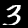
Digit: 3